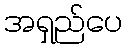
အရှည်ပေ